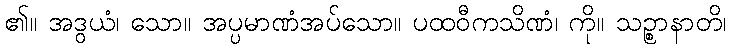
၏။ အဒွယံ၊ သော။ အပ္ပမာဏံအပ်သော။ ပထဝီကသိဏံ၊ ကို။ သဉ္စာနာတိ၊